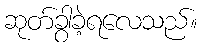
ဆုတ်ခွာခဲ့ရလေသည်။